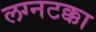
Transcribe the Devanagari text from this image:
लग्नटक्का